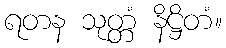
ရတန သုတ္တံ နိဋ္ဌိတံ။